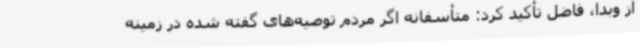
از وبدا، فاضل تأکید کرد: متأسفانه اگر مردم توصیه‌های گفته شده در زمینه